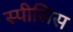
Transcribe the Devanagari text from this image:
स्पीसिस